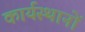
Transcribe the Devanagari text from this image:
कार्यस्थानों